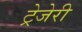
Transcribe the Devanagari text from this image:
ट्रेजेरी